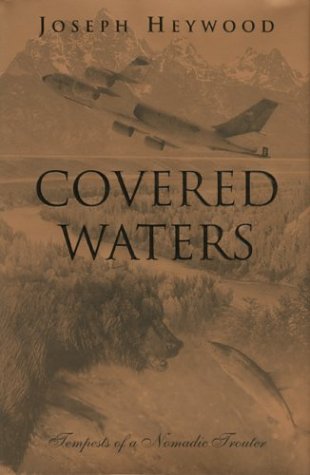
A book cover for Covered Waters: Tempests of a Nomadic Trouter; Joseph Heywood; Humor & Entertainment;